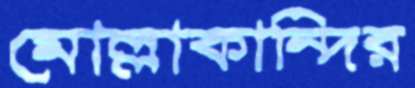
মোল্লাকান্দির